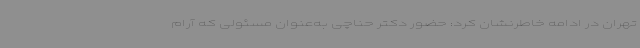
تهران در ادامه خاطرنشان کرد: حضور دکتر حناچی به‌عنوان مسئولی که آرام